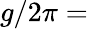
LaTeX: g/2\pi=